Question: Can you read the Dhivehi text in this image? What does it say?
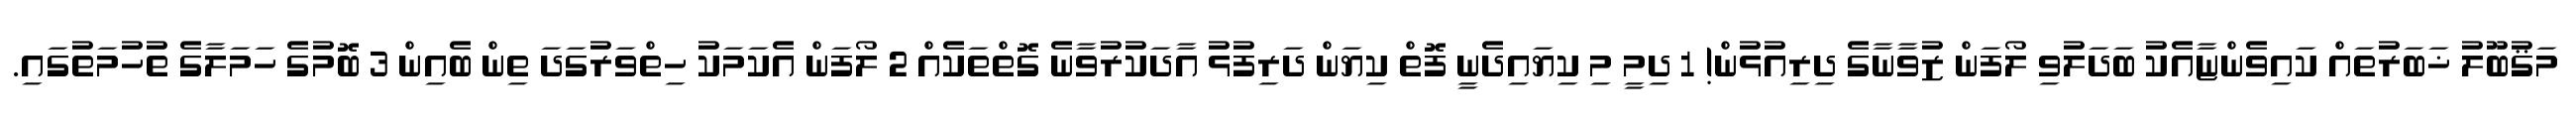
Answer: މަޤުބޫލު ޚަބަރުތައް ކައިވެންޏާއެކު ބަދަލުވި ލޯފަން ޒުވާނާގެ ދިރިއުޅުން! 1 ދިމީ މި ކިޔައިދެނީ ފޮތް ކިޔަން ދަރިފުޅު އާދަކުރުވާނެ ގޮތްތަކެއް 2 ލޯފަން އެކަމަކު ހިތްވަރުގަދަ ތިން ބެއިން 3 ބޮމުގެ ހަމަލާގެ ތުހުމަތުގައި.